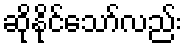
ဆိုနိုင်သော်လည်း